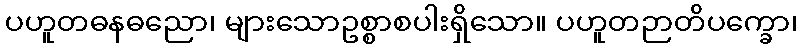
ပဟူတဓနဓညော၊ များသောဥစ္စာစပါးရှိသော။ ပဟူတဉာတိပက္ခော၊